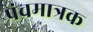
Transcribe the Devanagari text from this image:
पंचमात्रक